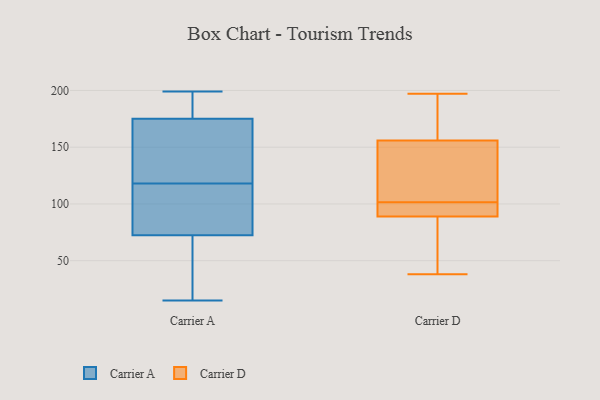
{"axis": {"x": "Operating Costs (USD K)", "y": "Value"}, "legend": ["Carrier A", "Carrier D"], "data": [{"x": "", "y": 164, "type": "Carrier A"}, {"x": "", "y": 189, "type": "Carrier A"}, {"x": "", "y": 63, "type": "Carrier A"}, {"x": "", "y": 83, "type": "Carrier A"}, {"x": "", "y": 15, "type": "Carrier A"}, {"x": "", "y": 199, "type": "Carrier A"}, {"x": "", "y": 79, "type": "Carrier A"}, {"x": "", "y": 140, "type": "Carrier A"}, {"x": "", "y": 96, "type": "Carrier A"}, {"x": "", "y": 179, "type": "Carrier A"}, {"x": "", "y": 171, "type": "Carrier A"}, {"x": "", "y": 66, "type": "Carrier A"}, {"x": "", "y": 97, "type": "Carrier D"}, {"x": "", "y": 122, "type": "Carrier D"}, {"x": "", "y": 93, "type": "Carrier D"}, {"x": "", "y": 71, "type": "Carrier D"}, {"x": "", "y": 156, "type": "Carrier D"}, {"x": "", "y": 106, "type": "Carrier D"}, {"x": "", "y": 89, "type": "Carrier D"}, {"x": "", "y": 158, "type": "Carrier D"}, {"x": "", "y": 89, "type": "Carrier D"}, {"x": "", "y": 78, "type": "Carrier D"}, {"x": "", "y": 197, "type": "Carrier D"}, {"x": "", "y": 38, "type": "Carrier D"}, {"x": "", "y": 124, "type": "Carrier D"}, {"x": "", "y": 178, "type": "Carrier D"}]}